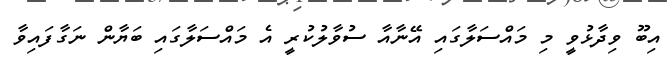
އިބޫ ވިދާޅުވީ މި މައްސަލާގައި އޭނާއާ ސުވާލުކުރީ އެ މައްސަލާގައި ބަޔާން ނަގާފައިވާ